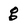
Character: g